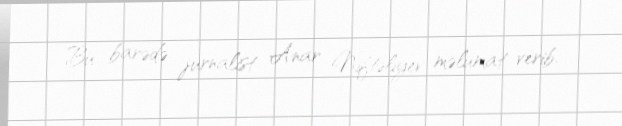
Bu barədə jurnalist Anar Niftəliyev məlumat verib.